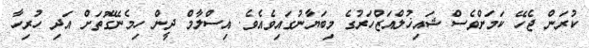
ކުރަން ޖެހޭ ކަމަށްވެސް ޝައިޚުލްއަޒްހަރުގެ މިބަޔާނުގައިވެއެވެ. އިސްލާމް ދީން ހިމެނޭގޮތަށް އަދި ހުރިހާ